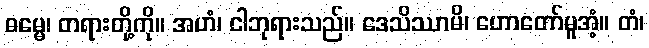
ဓမ္မေ၊ တရားတို့ကို။ အဟံ၊ ငါဘုရားသည်။ ဒေသိဿာမိ၊ ဟောတော်မူအံ့။ တံ၊